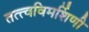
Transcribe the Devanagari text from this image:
तत्त्वविमर्शिणी